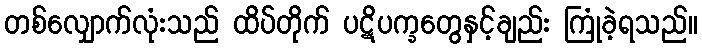
တစ်လျှောက်လုံးသည် ထိပ်တိုက် ပဋိပက္ခတွေနှင့်ချည်း ကြုံခဲ့ရသည်။